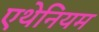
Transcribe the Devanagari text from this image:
एथेनियम